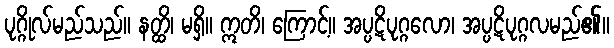
ပုဂ္ဂိုလ်မည်သည်။ နတ္ထိ၊ မရှိ။ ဣတိ၊ ကြောင့်။ အပ္ပဋိပုဂ္ဂလော၊ အပ္ပဋိပုဂ္ဂလမည်၏။